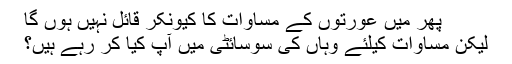
پھر میں عورتوں کے مساوات کا کیونکر قائل نہیں ہوں گا
لیکن مساوات کیلئے وہاں کى سوسائٹى میں آپ کیا کر رہے ہیں؟